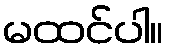
မထင်ပါ။